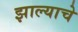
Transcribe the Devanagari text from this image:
झाल्‍याचे